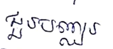
ជួរបញ្ឈរ